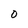
Character: 0